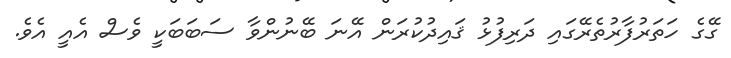
ގޭގެ ހަތަރުފާރުތެރޭގައި ދަރިފުޅު ޤައިދުކުރަން އޭނަ ބޭނުންވާ ސަބަބަކީ ވެސް އެއީ އެވެ.